Vital statistics of India. Vol. IV, Annual returns from 1871 to 1876. British Army of India, Native Army and jails of Bengal
Year: 1871
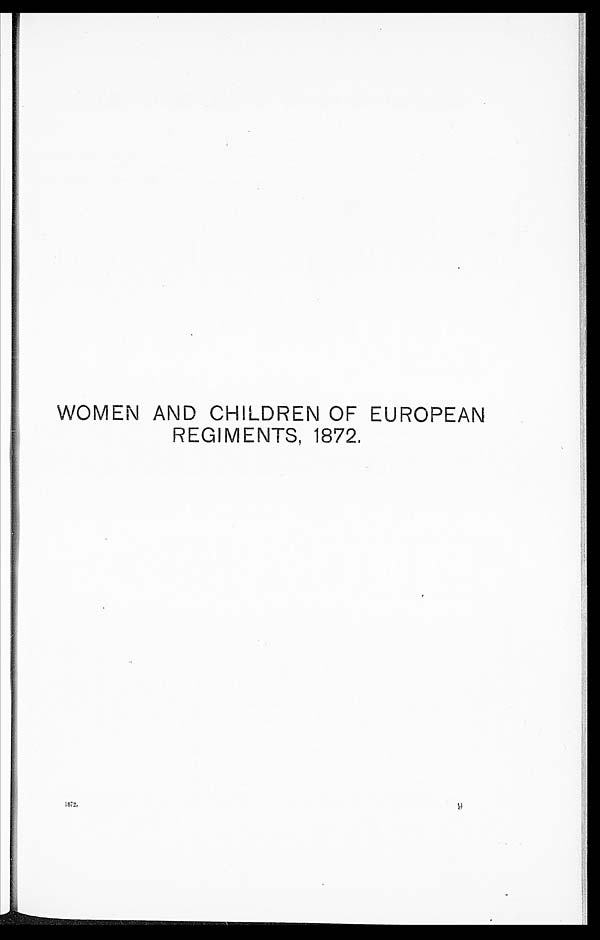
WOMEN AND CHILDREN OF EUROPEAN
REGIMENTS, 1872.